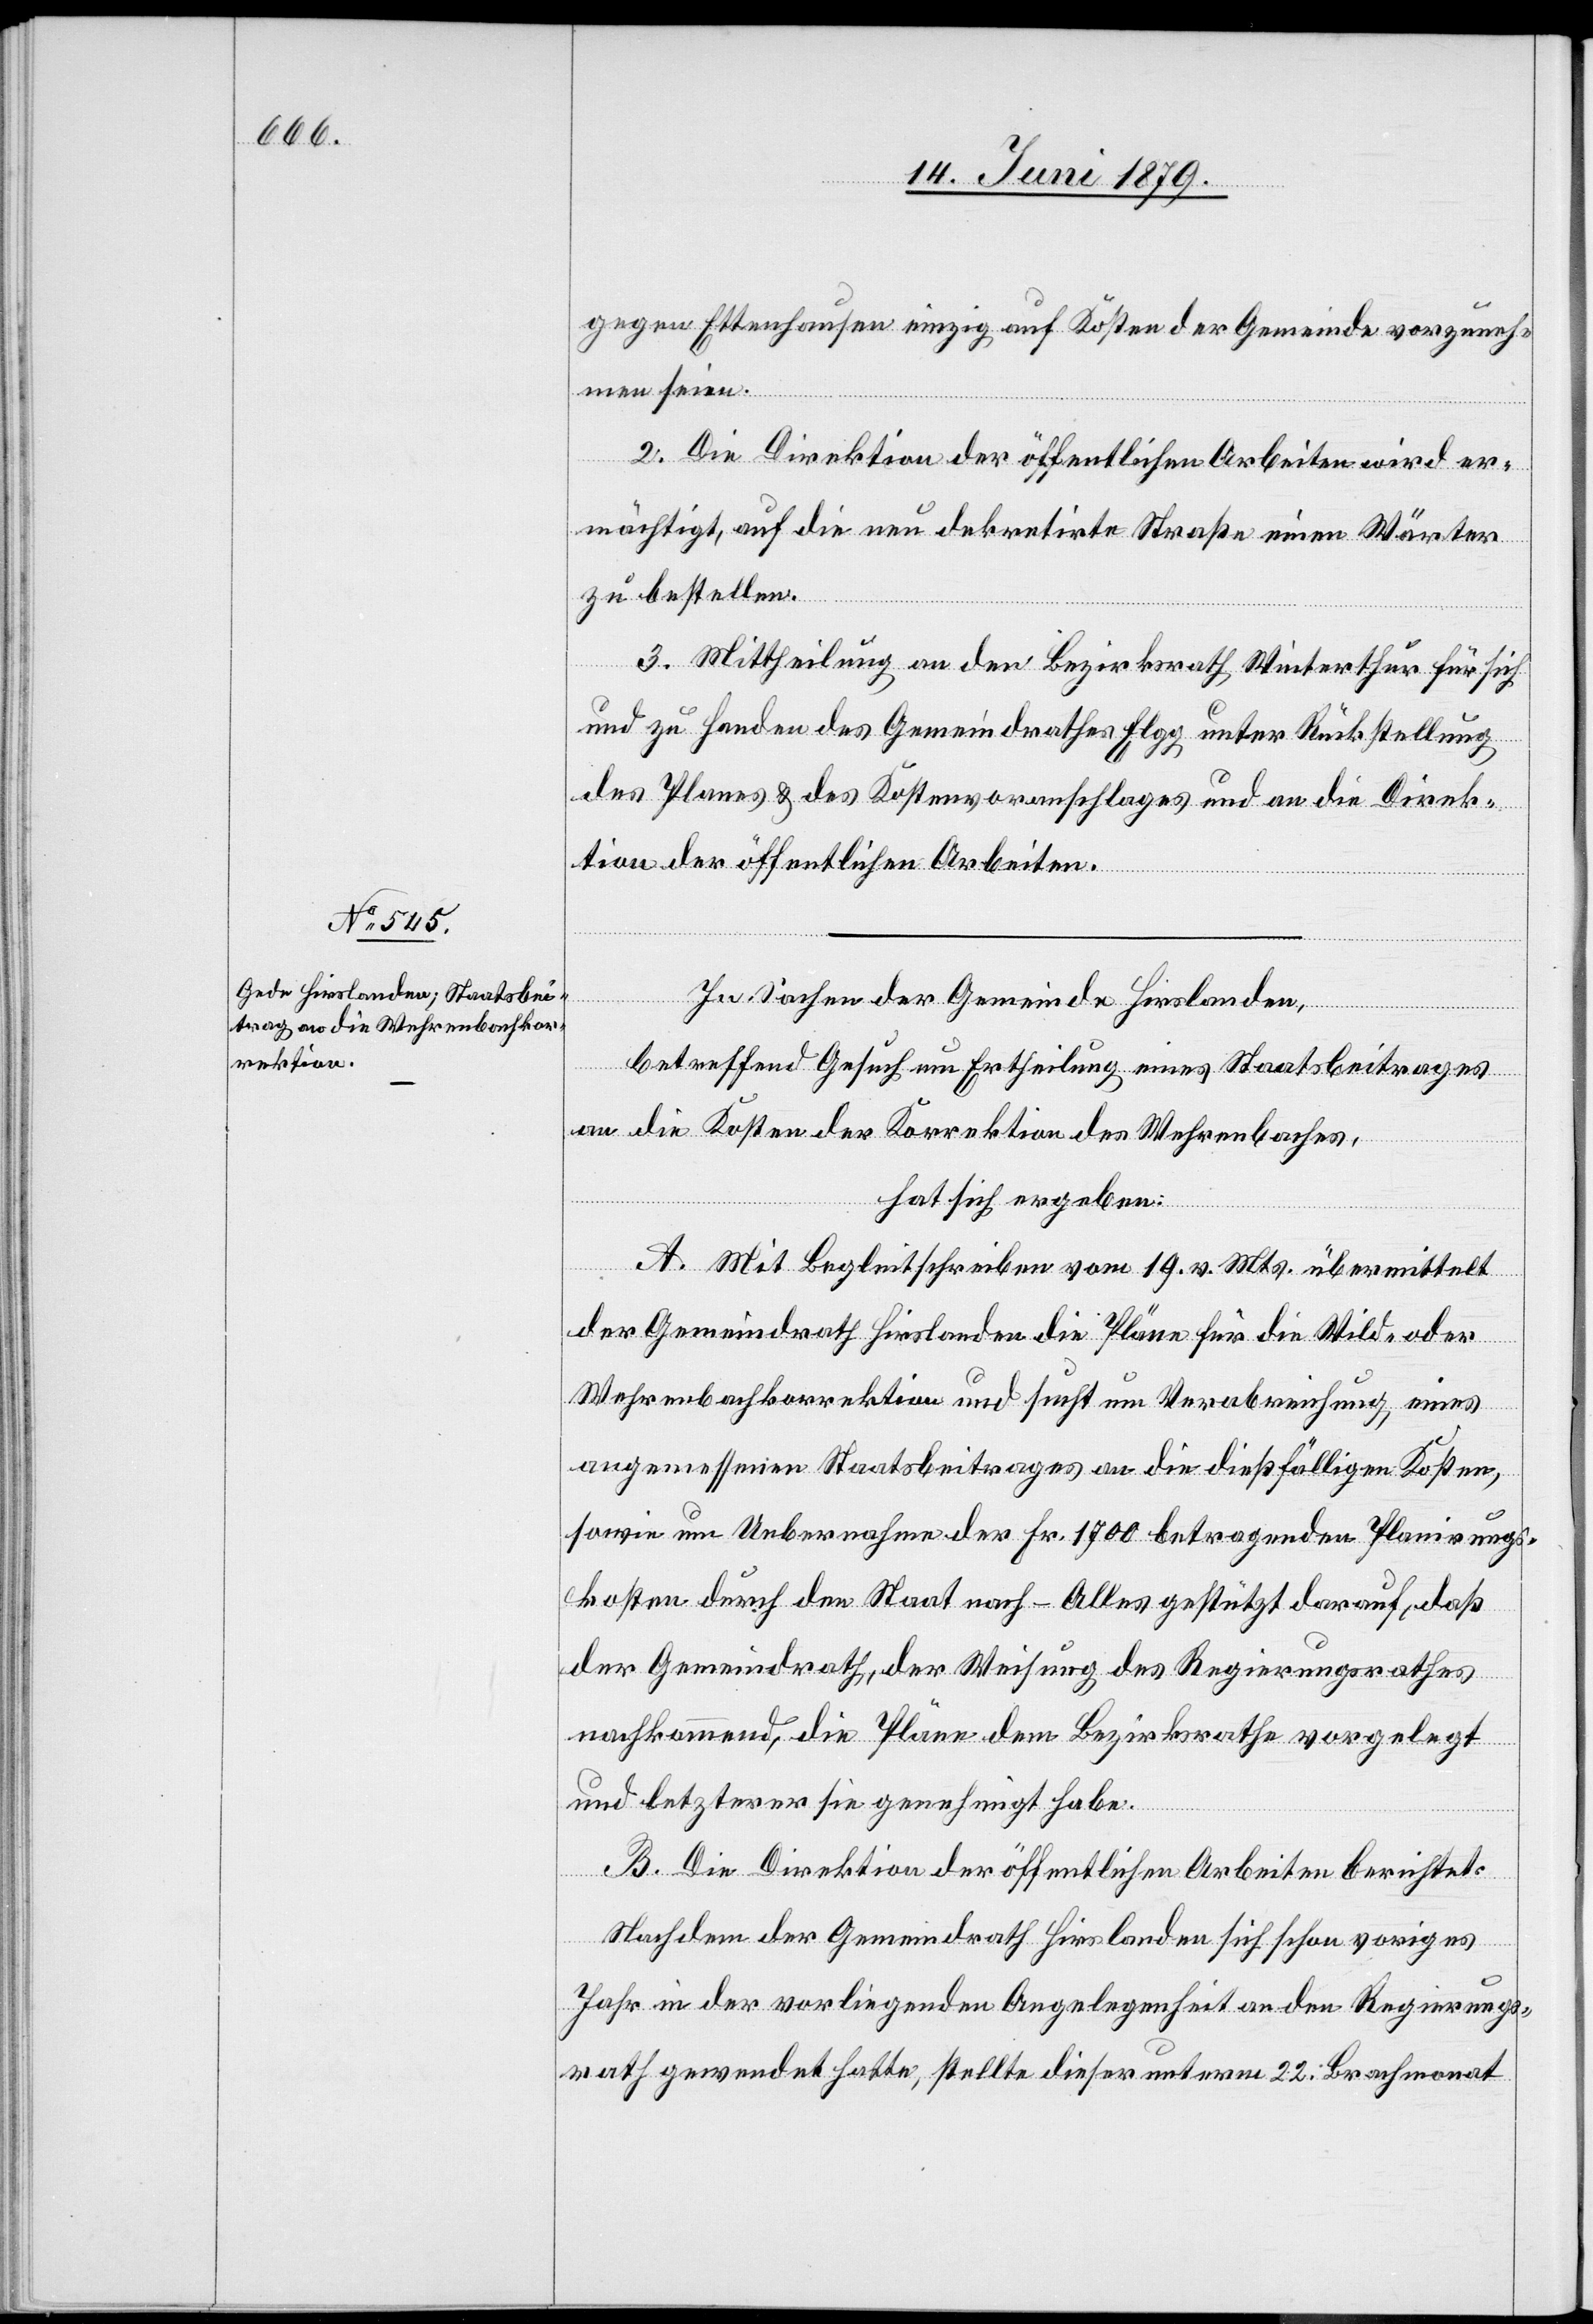
gegen Ettenhausen einzig auf Kosten der Gemeinde vorzuneh¬
men seien.
2. Die Direktion der öffentlichen Arbeiten wird er¬
mächtigt, auf die neu dekretirte Straße einen Wärter
zu bestellen.
3. Mittheilung an den Bezirksrath Winterthur für sich
und zu Handen des Gemeindrathes Elgg unter Rückstellung
des Planes & des Kostenvoranschlages und an die Direk¬
tion der öffentlichen Arbeiten.
In Sachen der Gemeinde Hirslanden,
betreffend Gesuch um Ertheilung eines Staatsbeitrages
an die Kosten der Korrektion des Wehrenbaches,
hat sich ergeben:
A. Mit Begleitschreiben vom 19. v. Mts. übermittelt
der Gemeindrath Hirslanden die Pläne für die Wild- oder
Wehrenbachkorrektion und sucht um Verabreichung eines
angemessenen Staatsbeitrages an die dießfälligen Kosten,
sowie um Uebernahme der Fr. 1700 betragenden Planirungs¬
kosten durch den Staat nach – Alles gestützt darauf, daß
der Gemeindrath, der Weisung des Regierungsrathes
nachkommend, die Pläne dem Bezirksrathe vorgelegt
und letzterer sie genehmigt habe.
B. Die Direktion der öffentlichen Arbeiten berichtet:
Nachdem der Gemeindrath Hirslanden sich schon voriges
Jahr in der vorliegenden Angelegenheit an den Regierungs¬
rath gewendet hatte, stellte dieser unterm 22. Brachmonat